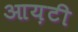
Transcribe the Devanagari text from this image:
आय़टी